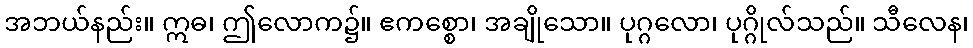
အဘယ်နည်း။ ဣဓ၊ ဤလောက၌။ ဧကစ္စော၊ အချိုသော။ ပုဂ္ဂလော၊ ပုဂ္ဂိုလ်သည်။ သီလေန၊